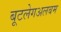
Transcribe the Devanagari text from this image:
बूटलेगअलबम